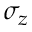
\sigma _ { z }